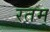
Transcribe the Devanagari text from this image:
रतम्